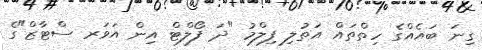
ގިނަ ބައެއްގެ ހިތްތައް އަތުލި ފިލްމު "ދަ ފޯލްޓް އިން އަވަރ ސްޓާޒް"ގެ